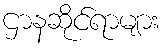
ဌာနဆိုင်ရာများ